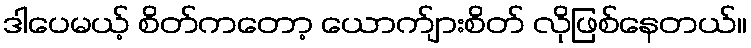
ဒါပေမယ့် စိတ်ကတော့ ယောက်ျားစိတ် လိုဖြစ်နေတယ်။